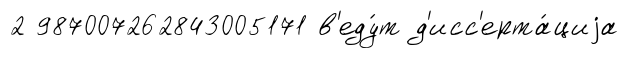
2 987007262843005171 в'еду́т д'исс'ерта́циjа